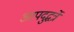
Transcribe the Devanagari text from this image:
आपदुद्धर्त्रे